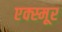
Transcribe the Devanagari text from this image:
एक्स्मूर